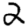
Digit: 2